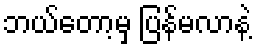
ဘယ်တော့မှ ပြန်မလာနဲ့